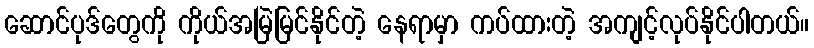
ဆောင်ပုဒ်တွေကို ကိုယ်အမြဲမြင်နိုင်တဲ့ နေရာမှာ ကပ်ထားတဲ့ အကျင့်လုပ်နိုင်ပါတယ်။